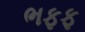
ભફફ